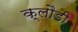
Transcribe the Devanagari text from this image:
क्लौडी